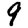
Digit: 9